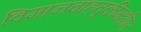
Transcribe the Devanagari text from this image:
विमानवाहतूकीमधील